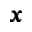
{ \pmb x }